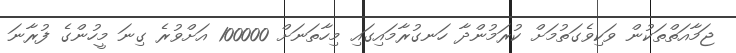
ޖަމާއަތްތަކުން ވަކިވެގަތުމަށް ކުރަމުންދާ ހަނގުރާމައިގައި މިހާތަނަށް 100000 އަށްވުރެ ގިނަ މީހުންގެ ފުރާނަ